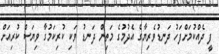
ފީ ދެއްކުމަށްފަހު ދަނޑުވެރިޔާގެ އެދުމުގެ މަތިން ދަނޑު ވަކި ކުރިކަމުގާ ވިޔަސް ކުރިއަށް